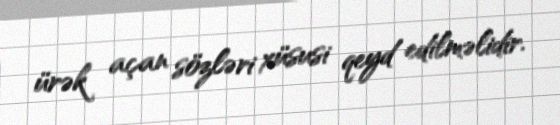
ürək açan sözləri xüsusi qeyd edilməlidir.